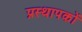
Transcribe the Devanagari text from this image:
प्रस्थापकों